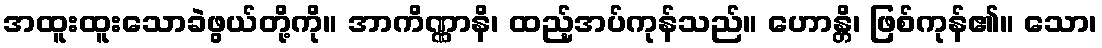
အထူးထူးသောခဲဖွယ်တို့ကို။ အာကိဏ္ဏာနိ၊ ထည့်အပ်ကုန်သည်။ ဟောန္တိ၊ ဖြစ်ကုန်၏။ သော၊